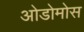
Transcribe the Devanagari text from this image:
ओडोमोस